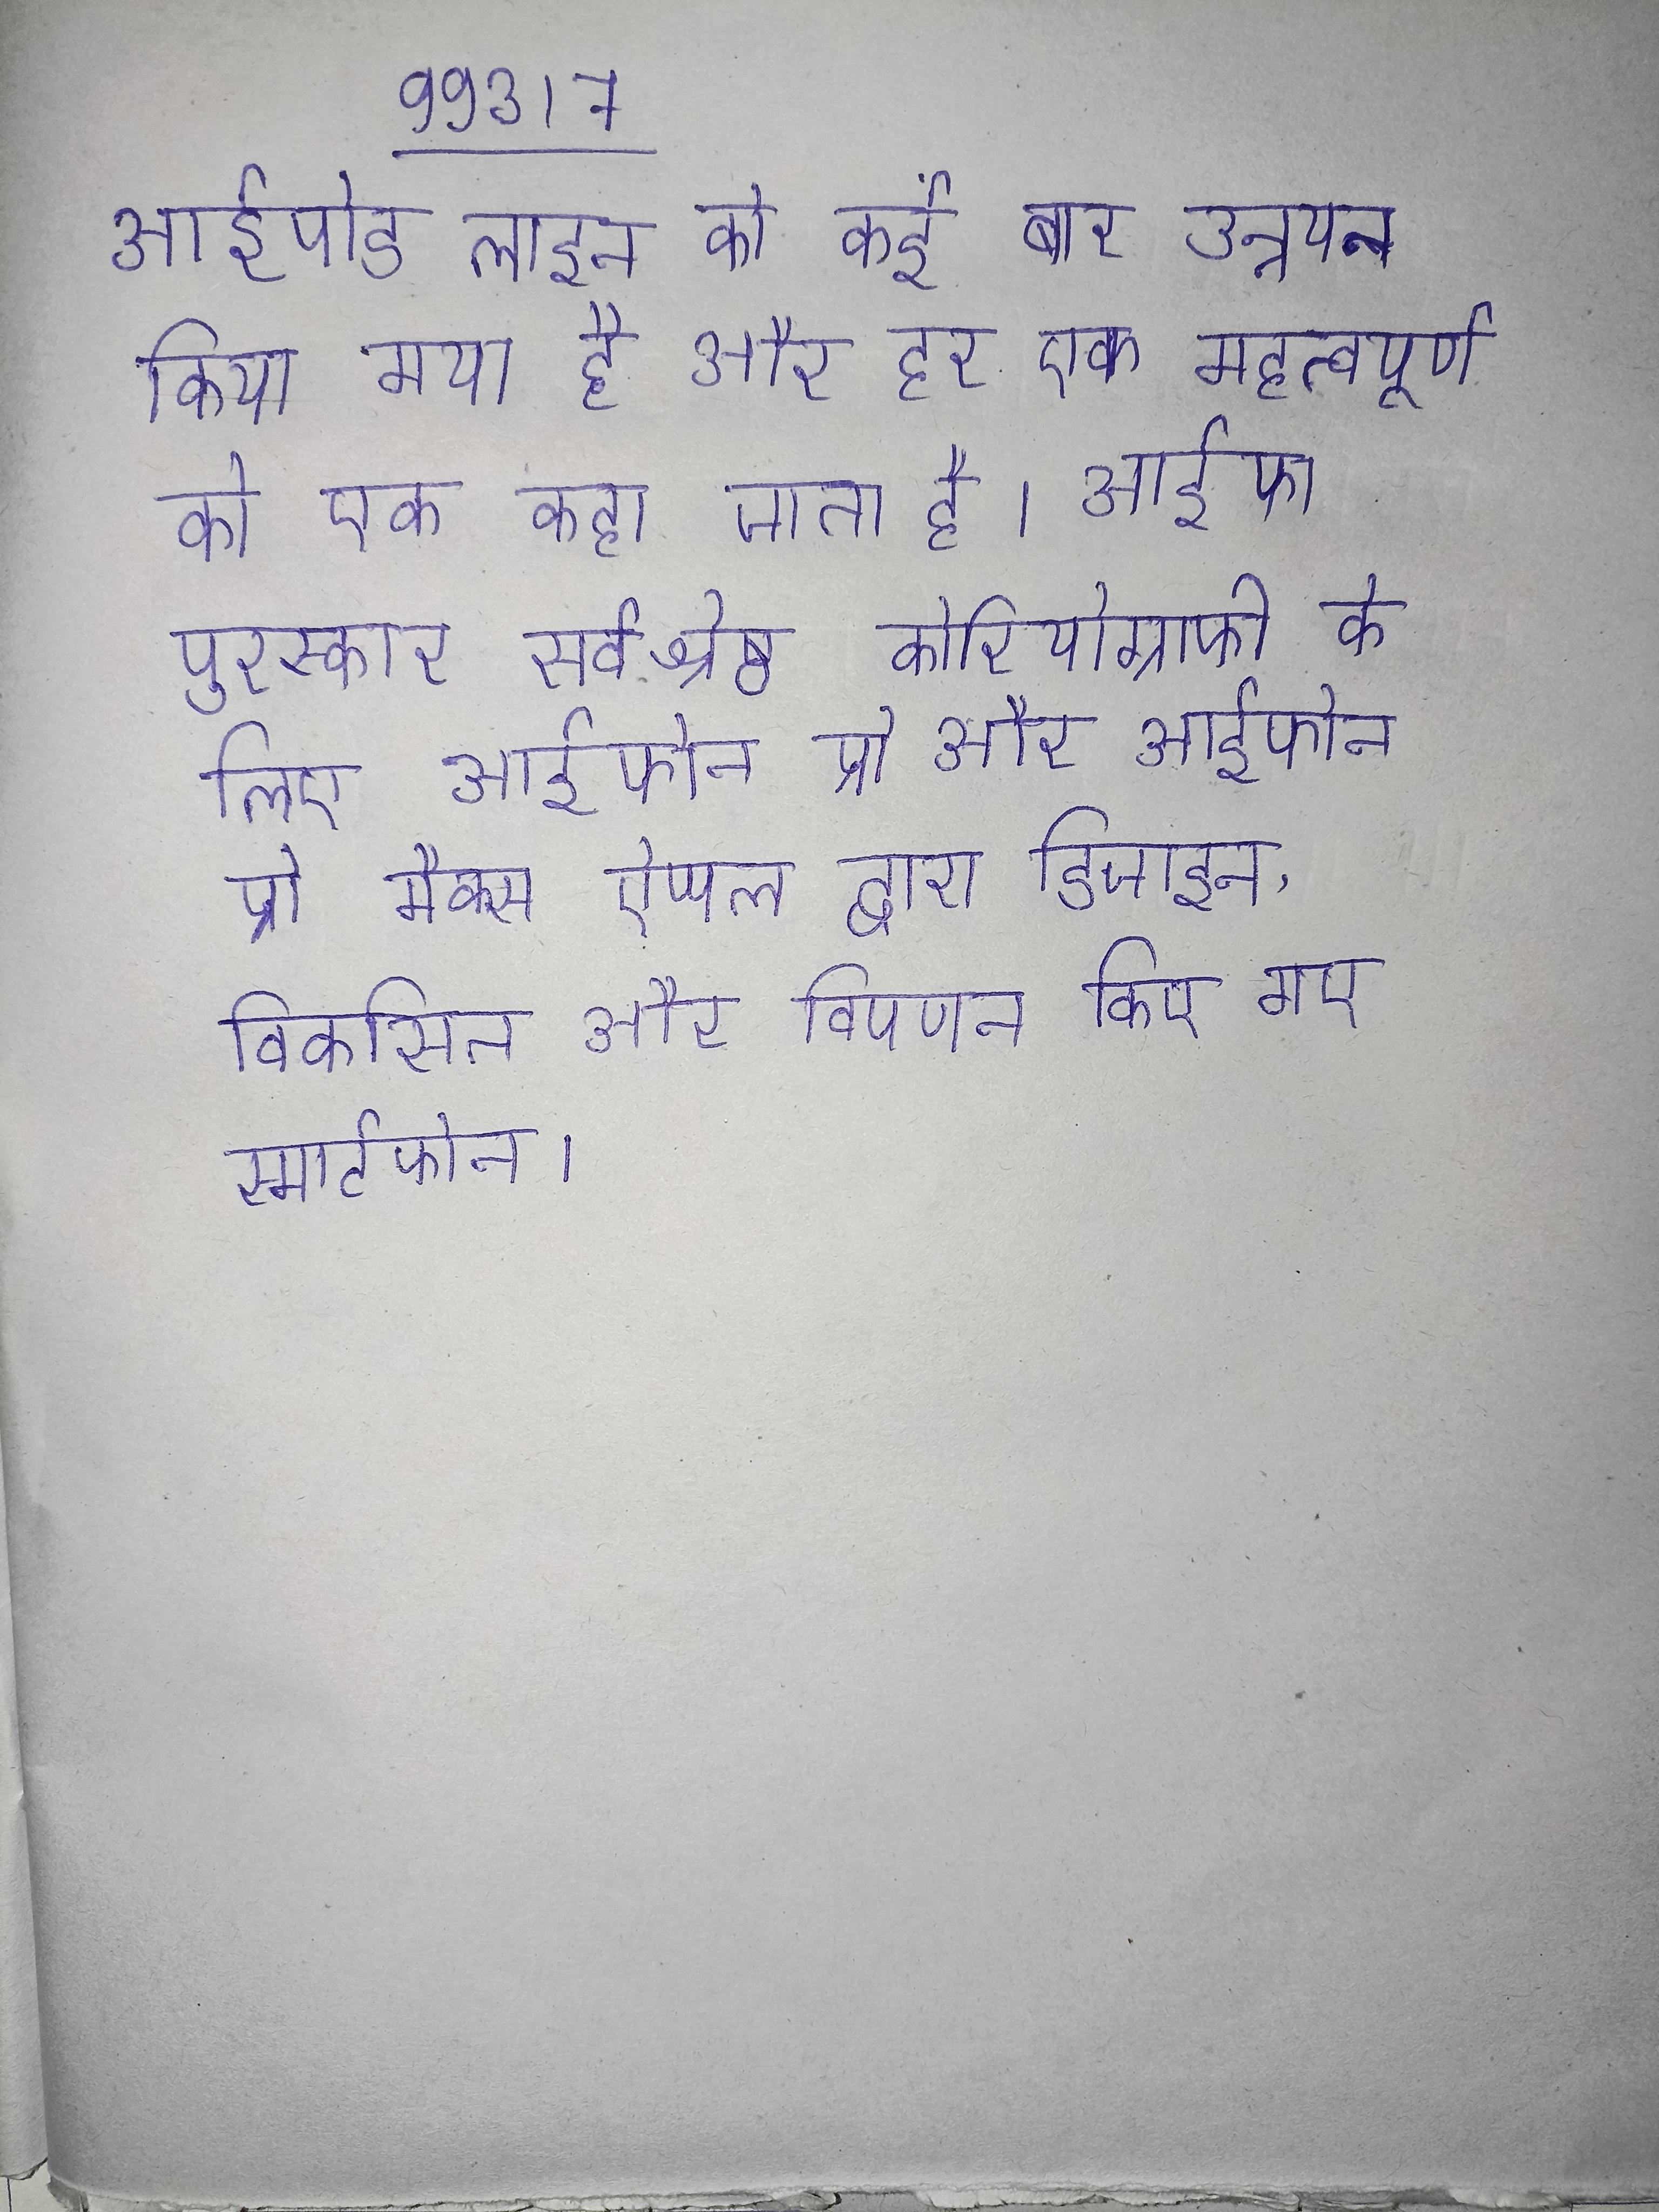
आईपोड लाइन को कई बार उन्नयन किया गया है और हर एक महत्वपूर्ण को एक कहा जाता है । आईफा पुरस्कार सर्वश्रेष्ठ कोरियोग्राफी के लिए आईफोन प्रो और आईफोन प्रो मैक्स ऐप्पल द्वारा डिजाइन, विकसित और विपणन किए गए स्मार्टफोन ।